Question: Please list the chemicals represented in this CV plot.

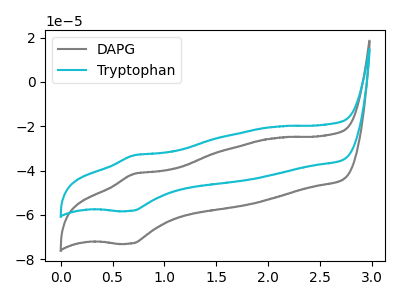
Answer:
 <answer>The gray curve is labeled "DAPG". The cyan curve is labeled "Tryptophan".</answer>
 <eval></eval>